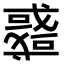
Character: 𢨋